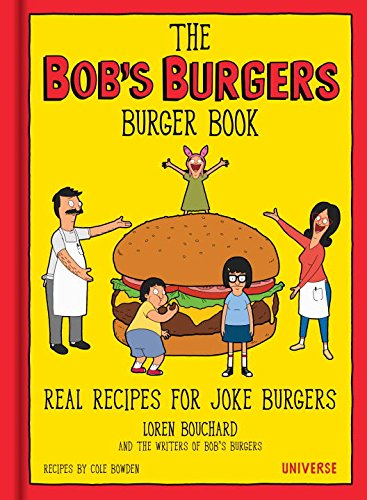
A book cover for The Bob's Burgers Burger Book: Real Recipes for Joke Burgers; Loren Bouchard; Humor & Entertainment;